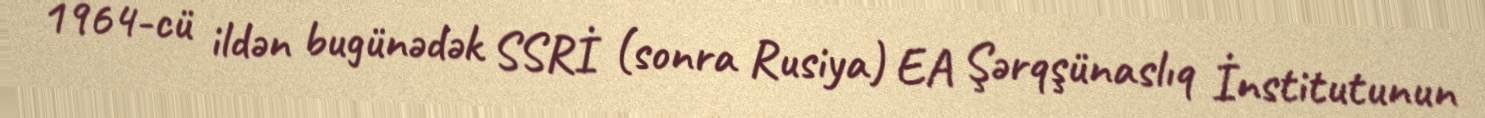
1964-cü ildən bugünədək SSRİ (sonra Rusiya) EA Şərqşünaslıq İnstitutunun